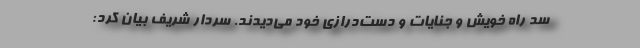
سد راه خویش و جنایات و دست‌درازی خود می‌دیدند. سردار شریف بیان کرد: